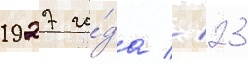
1927 го́да // 23